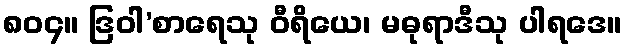
၈၀၄။ ဒြဝါ’စာရေသု ဝီရိယေ၊ မဓုရာဒီသု ပါရဒေ။